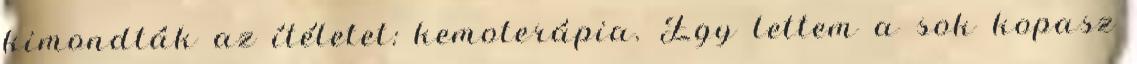
kimondták az ítéletet: kemoterápia. Egy lettem a sok kopasz